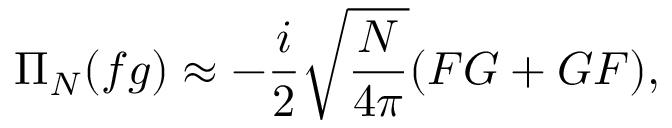
\Pi _ { N } ( f g ) \approx - \frac { i } { 2 } \sqrt { \frac { N } { 4 \pi } } ( F G + G F ) ,